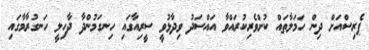
ޕެރިސްއަށް ދިން ހަމަލާތައް ކުށްވެރިކުރައްވާ އައްސަދު ވިދާޅުވީ ސީރިއާގައި ހިނގަމުންދާ ދާހިލީ ހަނގުރާމާގައި